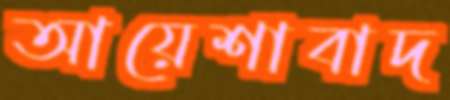
আয়েশাবাদ